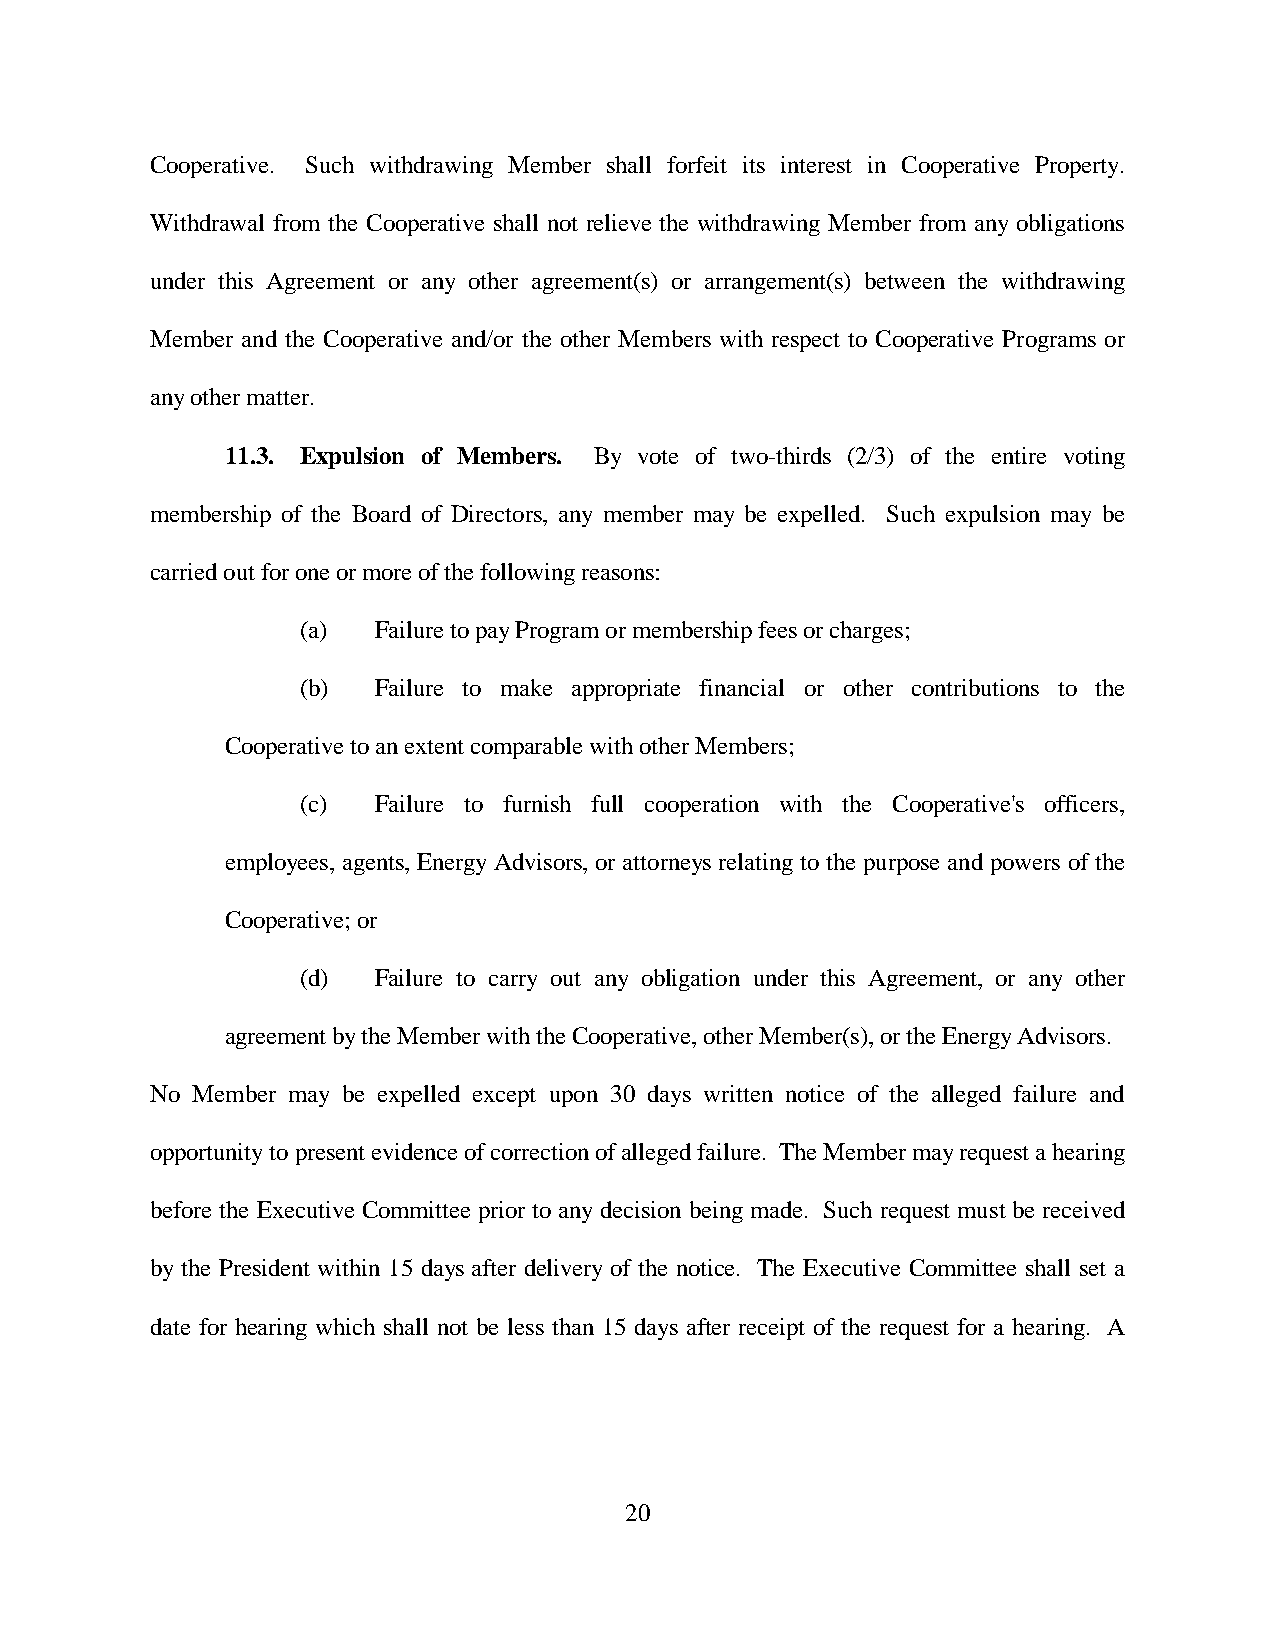
Cooperative. Such withdrawing Member shall forfeit its interest in Cooperative Property.
 Withdrawal from the Cooperative shall not relieve the withdrawing Member from any obligations
 under this Agreement or any other agreement(s) or arrangement(s) between the withdrawing
 Member and the Cooperative and/or the other Members with respect to Cooperative Programs or
 any other matter.
 11.3. Expulsion of Members. By vote of two-thirds (2/3) of the entire voting
 membership of the Board of Directors, any member may be expelled. Such expulsion may be
 carried out for one or more of the following reasons:
 (a)  Failure to pay Program or membership fees or charges;
 (b)  Failure to make appropriate financial or other contributions to the
 Cooperative to an extent comparable with other Members;
 (c)  Failure to furnish full cooperation with the Cooperative's officers,
 employees, agents, Energy Advisors, or attorneys relating to the purpose and powers of the
 Cooperative; or
 (d)  Failure to carry out any obligation under this Agreement, or any other
 agreement by the Member with the Cooperative, other Member(s), or the Energy Advisors.
 No Member may be expelled except upon 30 days written notice of the alleged failure and
 opportunity to present evidence of correction of alleged failure. The Member may request a hearing
 before the Executive Committee prior to any decision being made. Such request must be received
 by the President within 15 days after delivery of the notice. The Executive Committee shall set a
 date for hearing which shall not be less than 15 days after receipt of the request for a hearing. A
 20